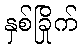
နှစ်ခြိုက်